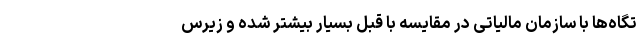
تگاه‌ها با سازمان مالیاتی در مقایسه با قبل بسیار بیشتر شده و زیرس